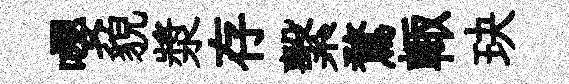
嚶貌漿存繫鶩輙玦